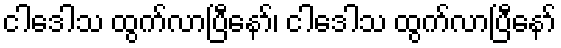
ငါဒေါသ ထွက်လာပြီနော်၊ ငါဒေါသ ထွက်လာပြီနော်